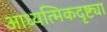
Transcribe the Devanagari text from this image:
आध्यत्मिकदृष्ट्या